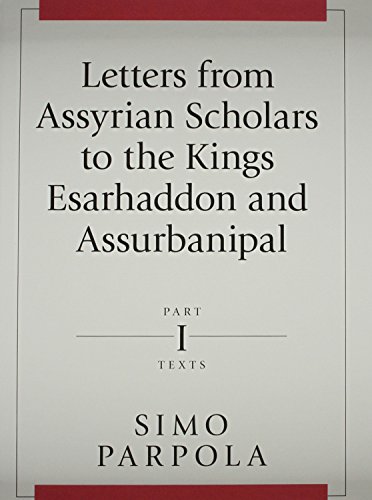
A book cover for Letters from Assyrian Scholars to the King Esarhaddon and Assurbanipal: Pt. 1: The Texts; Simo Parpola; History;